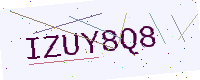
Text: IZUY8Q8